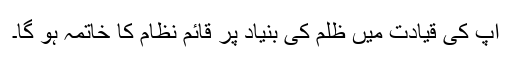
آپ کی قیادت میں ظلم کی بنیاد پر قائم نظام کا خاتمہ ہو گا۔